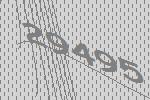
29495